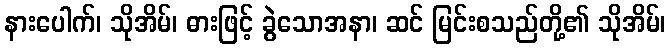
နားပေါက်၊ သိုအိမ်၊ ဓားဖြင့် ခွဲသောအနာ၊ ဆင် မြင်းစသည်တို့၏ သိုအိမ်၊